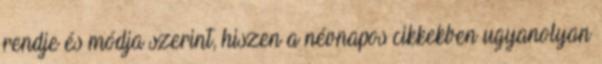
rendje és módja szerint, hiszen a névnapos cikkekben ugyanolyan